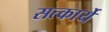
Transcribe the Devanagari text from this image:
सत्कार्ये